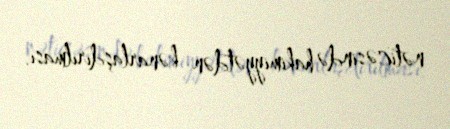
nəticəsində hakimiyyətdən kənarlaşdırılması.